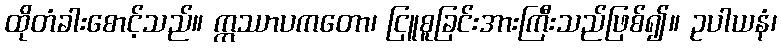
ထိုတံခါးစောင့်သည်။ ဣဿာပကတော၊ ငြူစူခြင်းအားကြီးသည်ဖြစ်၍။ ဥပါယနံ၊